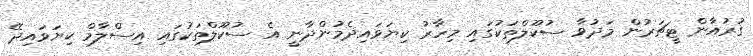
ގުރުއާން ޓީޗަރުން މަދުވާ ސުކޫލްތަކުގައި މިހާރު ކިޔަވައިދެމުންދާނީ އެ ސުކޫލްތަކުގައި އިސްލާމް ކިޔަވައިދޭ